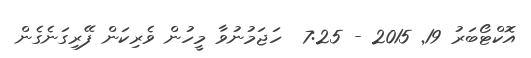
އޮކްޓޯބަރު 19